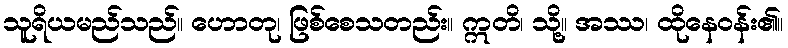
သူရိယမည်သည်။ ဟောတု၊ ဖြစ်စေသတည်း။ ဣတိ၊ သို့။ အဿ၊ ထိုနေဝန်း၏။